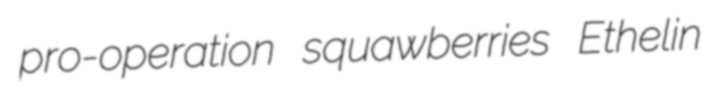
pro-operation squawberries Ethelin